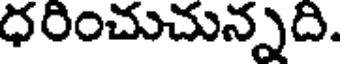
ధరించుచున్నది.